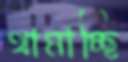
থামাচ্ছি